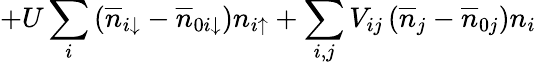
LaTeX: +U\sum_{i}\left(\overline{{n}}_{i\downarrow}-\overline{{n}}_{0i\downarrow}\right)n_{i\uparrow}+\sum_{i,j}V_{ij}\left(\overline{{n}}_{j}-\overline{{n}}_{0j}\right)n_{i}